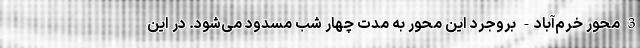
3 محور خرم‌آباد- بروجرد این محور به مدت چهار شب مسدود می‌شود. در این